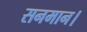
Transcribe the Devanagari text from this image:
सनमान।